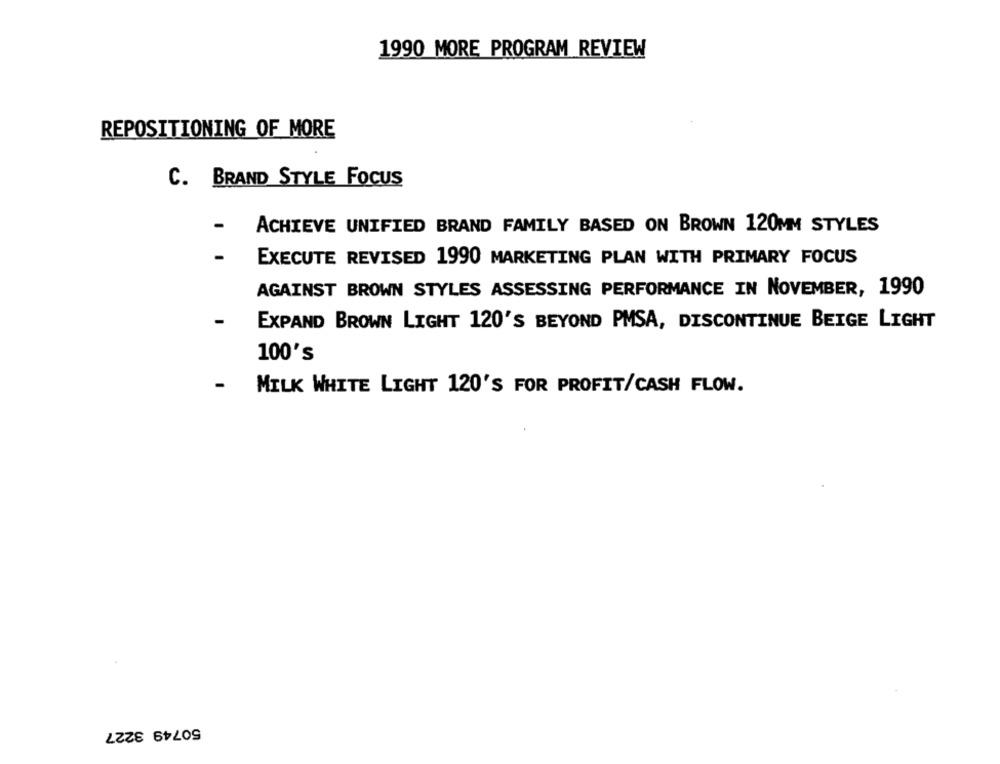
1990 MORE PROGRAM REVIEW
REPOSITIONING OF MORE
C. BRAND STYLE FOCUS
-
ACHIEVE UNIFIED BRAND FAMILY BASED ON BROWN 120MM STYLES
-
EXECUTE REVISED 1990 MARKETING PLAN WITH PRIMARY FOCUS
AGAINST BROWN STYLES ASSESSING PERFORMANCE IN NOVEMBER, 1990
-
EXPAND BROWN LIGHT 120'S BEYOND PMSA, DISCONTINUE BEIGE LIGHT
100's
-
MILK WHITE LIGHT 120'S FOR PROFIT/CASH FLOW.
50749 3227